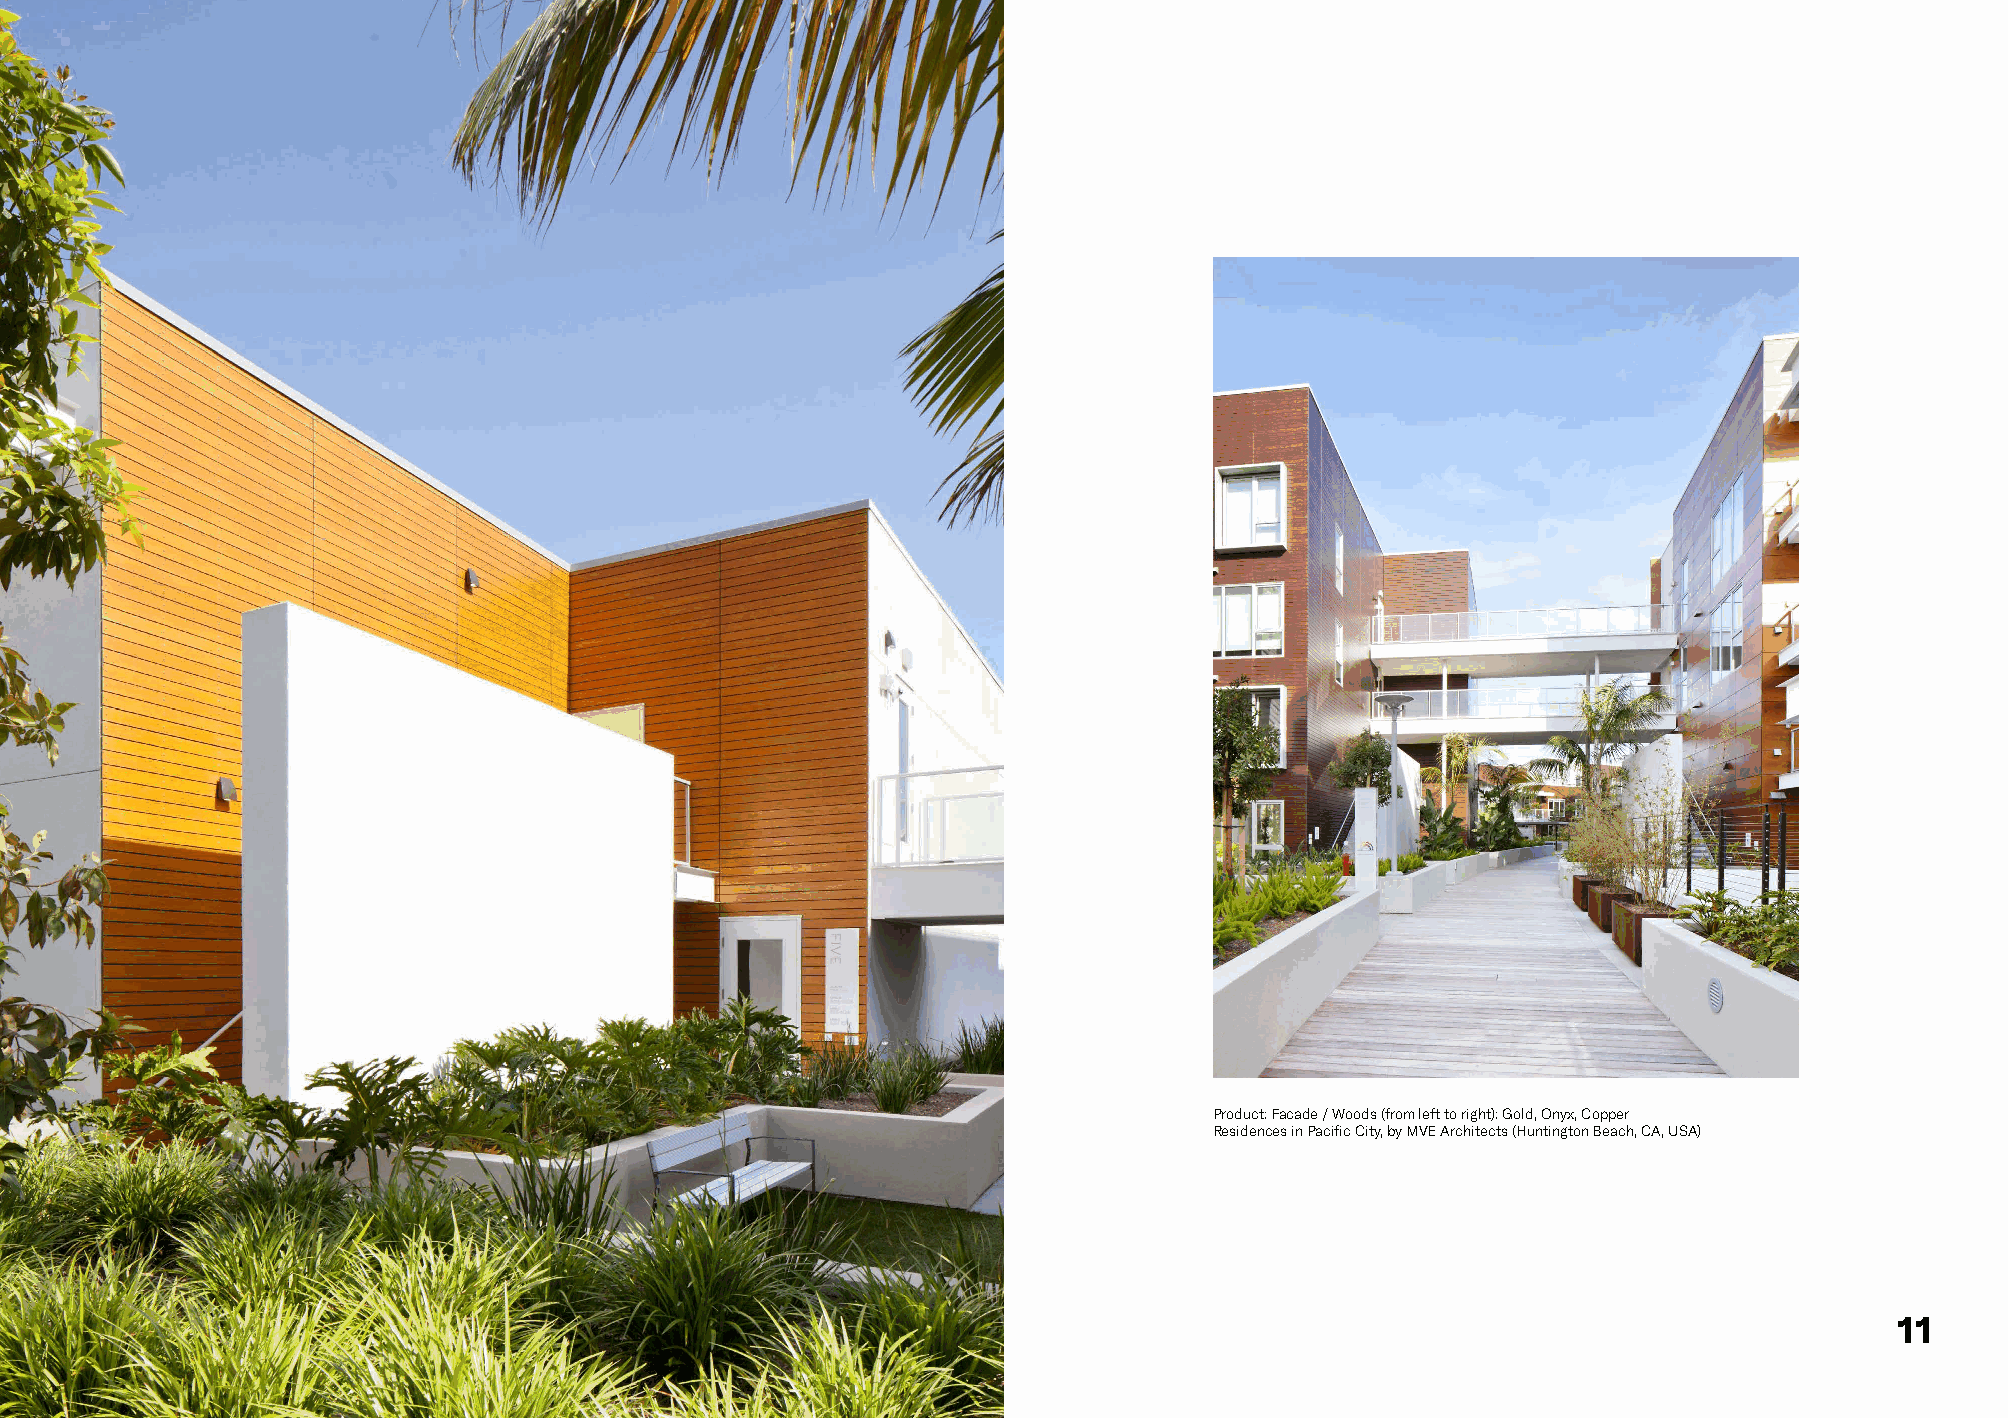
Product: Facade / Woods (from left to right): Gold, Onyx, Copper
 Residences in Pacific City, by MVE Architects (Huntington Beach, CA, USA)
 11